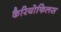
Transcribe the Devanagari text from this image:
कैरियोफिलस